Calcutta medical institutions reports 1879-81 [i.e.91]
Year: 1879
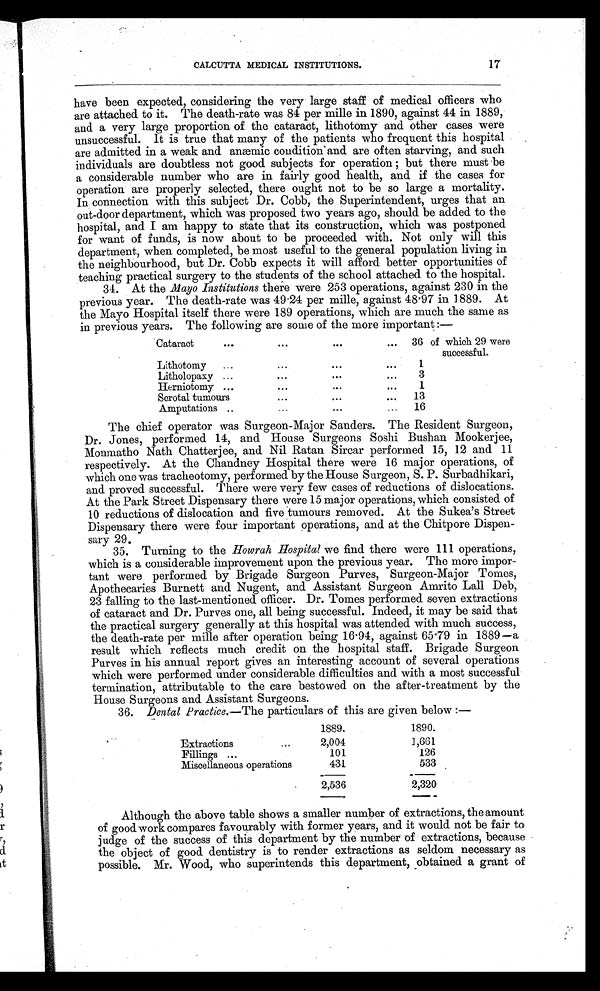
CALCUTTA MEDICAL INSTITUTIONS.
have been expected, considering the very large staff of medical officers who
are attached to it. The death-rate was 84 per mille in 1890, against 44 in 1889,
and a very large proportion of the cataract, lithotomy and other cases were
unsuccessful. It is true that many of the patients who frequent this hospital
are admitted in a weak and anæmic condition and are often starving, and such
individuals are doubtless not good subjects for operation; but there must be
a considerable number who are in fairly good health, and if the cases for
operation are properly selected, there ought not to be so large a mortality.
In connection with this subject Dr. Cobb, the Superintendent, urges that an
out-door department, which was proposed two years ago, should be added to the
hospital, and I am happy to state that its construction, which was postponed
for want of funds, is now about to be proceeded with. Not only will this
department, when completed, be most useful to the general population living in
the neighbourhood, but Dr. Cobb expects it will afford better opportunities of
teaching practical surgery to the students of the school attached to the hospital.
34. At the Mayo Institutions there were 253 operations, against 230 in the
previous year. The death-rate was 49.24 per mille, against 48.97 in 1889. At
the Mayo Hospital itself there were 189 operations, which are much the same as
in previous years. The following are some of the more important:—
Cataract
. . .
. . .
. . .
...
36 of which 29 were
successful.
Lithotomy
...
...
. . .
. . .
1
Litholopaxy ...
. . .
. . .
. . .
3
Herniotomy ...
...
...
...
1
Scrotal tumours
. . .
. . .
. . .
13
Amputations . .
...
...
...
16
The chief operator was Surgeon-Major Sanders. The Resident Surgeon,
Dr. Jones, performed 14, and House Surgeons Soshi Bushan Mookerjee,
Monmatho Nath Chatterjee, and Nil Ratan Sircar performed 15, 12 and 11
respectively. At the Chandney Hospital there were 16 major operations, of
which one was tracheotomy, performed by the House Surgeon, S. P. Surbadhikari,
and proved successful. There were very few cases of reductions of dislocations.
At the Park Street Dispensary there were 15 major operations, which consisted of
10 reductions of dislocation and five tumours removed. At the Sukea's Street
Dispensary there were four important operations, and at the Chitpore Dispen-
sary 29.
35. Turning to the Howrah Hospital we find there were 111 operations,
which is a considerable improvement upon the previous year. The more impor-
tant were performed by Brigade Surgeon Purves, Surgeon-Major Tomes,
Apothecaries Burnett and Nugent, and Assistant Surgeon Amrito Lall Deb,
23 falling to the last-mentioned officer. Dr. Tomes performed seven extractions
of cataract and Dr. Purves one, all being successful. Indeed, it may be said that
the practical surgery generally at this hospital was attended with much success,
the death-rate per mille after operation being 16.94, against 65.79 in 1889—a
result which reflects much credit on the hospital staff. Brigade Surgeon
Purves in his annual report gives an interesting account of several operations
which were performed under considerable difficulties and with a most successful
termination, attributable to the care bestowed on the after-treatment by the
House Surgeons and Assistant Surgeons.
36. Dental Practice.—The particulars of this are given below :—
1889.
1890.
Extractions
...
2,004
1,661
Fillings ...
101
126
Miscellaneous operations
431
533
2,536
2,320
Although the above table shows a smaller number of extractions, the amount
of good work compares favourably with former years, and it would not be fair to
judge of the success of this department by the number of extractions, because
the object of good dentistry is to render extractions as seldom necessary as
possible. Mr. Wood, who superintends this department, obtained a grant of
17